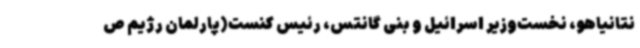
نتانیاهو، نخست‌وزیر اسرائیل و بنی گانتس، رئیس کنست(پارلمان رژیم ص